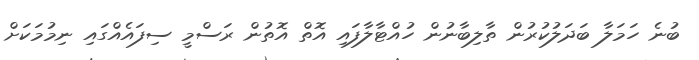
ބުނެ ހަމަލާ ބަދަލުކުރުން ތާލިބާނުން ހުއްޓާލާފައި އޮތް އޮތުން ރަސްމީ ސިފައެއްގައި ނިމުމަކަށް